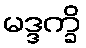
မဒ္ဒက္ခိ